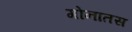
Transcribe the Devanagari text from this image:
गोनातस